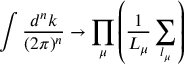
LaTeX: \int \frac { d ^ { n } k } { ( 2 \pi ) ^ { n } } \rightarrow \prod _ { \mu } \left( \frac { 1 } { L _ { \mu } } \sum _ { l _ { \mu } } \right)